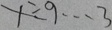
x \div 9 \cdots 3